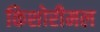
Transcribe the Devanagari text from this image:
किशोरीमल